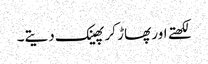
لکھتے اور پھاڑ کر پھینک دیتے۔